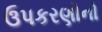
ઉપકરણોનો